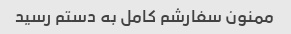
ممنون سفارشم کامل به دستم رسید